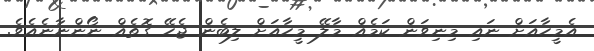
އެމީހާއަށް ނައި މިނިވަން ކަމެއް މާލޭ މީހާއަށް ލިބެން ޖެހޭ ގޮތެއް ނޯންނާނެއެވެ.